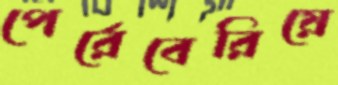
পের্রেবেরিয়ে